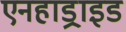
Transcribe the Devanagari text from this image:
एनहाड्राइड